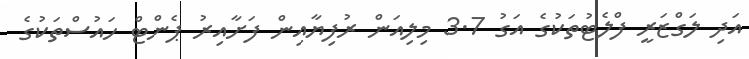
އަދި ލަގްޒަރީ ފްލެޓުތަކުގެ އަގު 3.7 މިލިއަން ރުފިޔާއިން ފަށާއިރު ޕެންޓް ހައުސްތަކުގެ